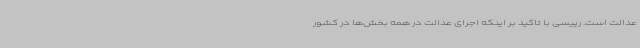
عدالت است. رییسی با تاکید بر اینکه اجرای عدالت در همه بخش‌ها در کشور